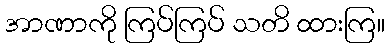
အာဏာကို ကြပ်ကြပ် သတိ ထားကြ။